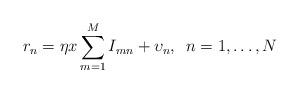
LaTeX: \begin{align*}{{r}_{n}}=\eta x\sum\limits_{m=1}^{M}{{{I}_{mn}}}+{{\upsilon }_{n}},\,\,\,n=1,\ldots ,N\end{align*}